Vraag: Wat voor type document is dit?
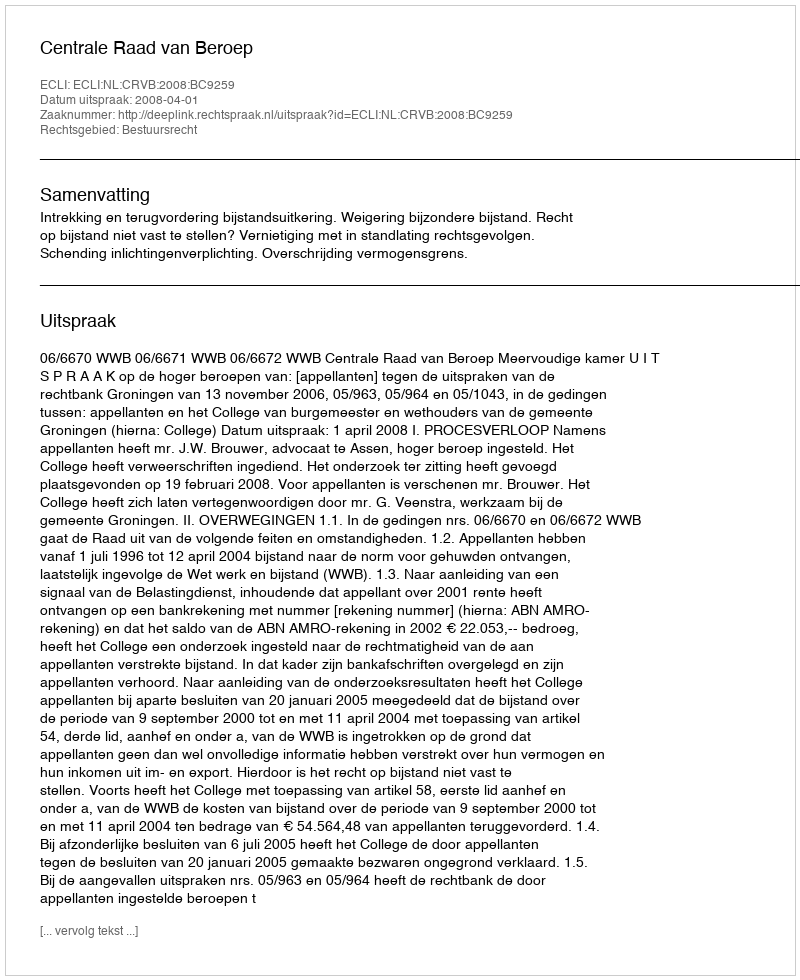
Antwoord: Uitspraak